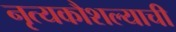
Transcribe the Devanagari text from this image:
नृत्यकौशल्याची